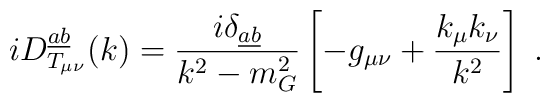
i D_{T_{\mu \nu}}^{\underline{a} \underline{b}} (k) = \frac{i\delta_{\underline{a} \underline{b}}}{k^2 - m^2_G} \left[- g_{\mu \nu} +\frac{k_{\mu} k_{\nu}}{k^2}\right] \; .